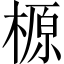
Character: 榞